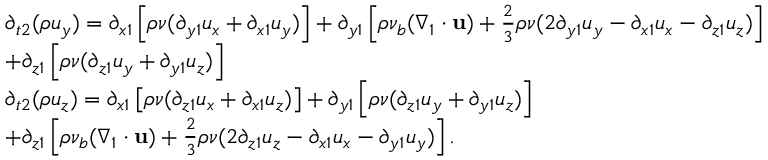
\begin{array} { l } { { \partial _ { t 2 } } ( \rho { u _ { y } } ) = { \partial _ { x 1 } } \left[ { \rho \nu ( { \partial _ { y 1 } } { u _ { x } } + { \partial _ { x 1 } } { u _ { y } } ) } \right] + { \partial _ { y 1 } } \left[ { \rho { \nu _ { b } } ( { \nabla _ { 1 } } \cdot { \bf { u } } ) + \frac { 2 } { 3 } \rho \nu ( 2 { \partial _ { y 1 } } { u _ { y } } - { \partial _ { x 1 } } { u _ { x } } - { \partial _ { z 1 } } { u _ { z } } ) } \right] } \\ { + { \partial _ { z 1 } } \left[ { \rho \nu ( { \partial _ { z 1 } } { u _ { y } } + { \partial _ { y 1 } } { u _ { z } } ) } \right] } \\ { { \partial _ { t 2 } } ( \rho { u _ { z } } ) = { \partial _ { x 1 } } \left[ { \rho \nu ( { \partial _ { z 1 } } { u _ { x } } + { \partial _ { x 1 } } { u _ { z } } ) } \right] + { \partial _ { y 1 } } \left[ { \rho \nu ( { \partial _ { z 1 } } { u _ { y } } + { \partial _ { y 1 } } { u _ { z } } ) } \right] } \\ { + { \partial _ { z 1 } } \left[ { \rho { \nu _ { b } } ( { \nabla _ { 1 } } \cdot { \bf { u } } ) + \frac { 2 } { 3 } \rho \nu ( 2 { \partial _ { z 1 } } { u _ { z } } - { \partial _ { x 1 } } { u _ { x } } - { \partial _ { y 1 } } { u _ { y } } ) } \right] . } \end{array}